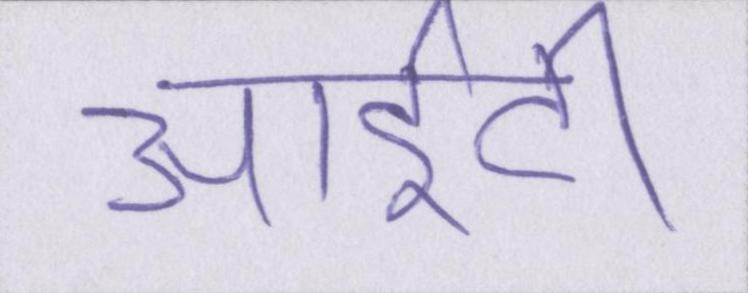
आईटी